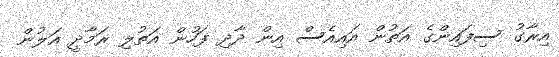
އިރާގު ސިފައިންގެ އަތުން އައިއެސް އިން ދާދި ފަހުން އަތުލި ރަމާދީ އަލުން